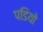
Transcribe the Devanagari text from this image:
पडियो